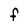
Character: f